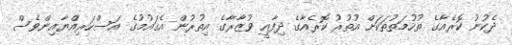
ދެކުނު ކޮރެއާގެ ތުހުމަތުތަކަށް އުތުރު ކޮރެއާގެ ދިފާއީ ވުޒާރާގެ އިތުރުން އެޤައުމުގެ އަސްކަރިއްޔާއިންވެސް